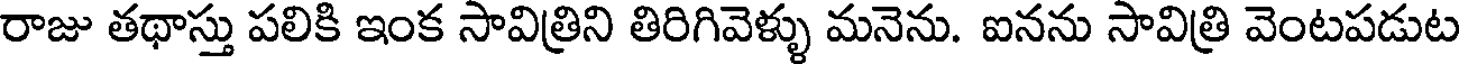
రాజు తథాస్తు పలికి ఇంక సావిత్రిని తిరిగివెళ్ళు మనెను. ఐనను సావిత్రి వెంటపడుట